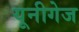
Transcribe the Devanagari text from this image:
यूनीगेज